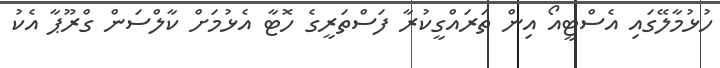
ހުޅުމާލޭގައި އެސްޓީއޯ އިން ތަރައްގީކުރާ ފަސްތަރީގެ ހޮޓާ އެޅުމަށް ކާލްސަން ގްރޫޕާ އެކު